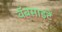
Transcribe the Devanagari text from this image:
वॅबसाइटें